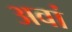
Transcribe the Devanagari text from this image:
अवां